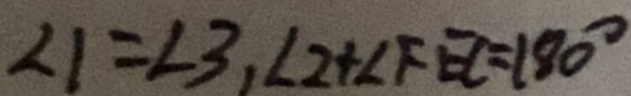
\angle 1 = \angle 3 , \angle 2 + \angle F E C = 1 8 0 ^ { \circ }